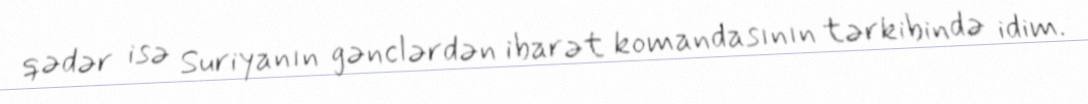
qədər isə Suriyanın gənclərdən ibarət komandasının tərkibində idim.